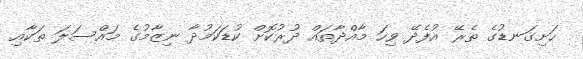
ހަށިގަނޑުގެ ތެރޭ އުފެދޭ ވިހަ މާއްދާތައް ދުރުކޮށް ކުޑަކަމުދާ ނިޒާމުގެ މައްސަލަ ތަކާއި